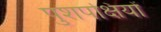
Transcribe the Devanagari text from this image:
पुशपक्षियों